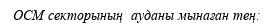
OCM секторының  ауданы мынаған тең: